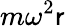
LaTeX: m\omega^{2}\mathsf{r}